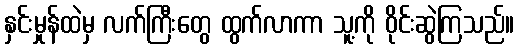
နှင်းမှုန်ထဲမှ လက်ကြီးတွေ ထွက်လာကာ သူ့ကို ဝိုင်းဆွဲကြသည်။